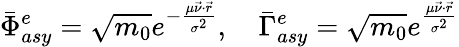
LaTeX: \bar{\Phi}_{asy}^{e}=\sqrt{m_{0}}e^{-\frac{\mu\vec{\nu}\cdot\vec{r}}{\sigma^{2}}},\quad\bar{\Gamma}_{asy}^{e}=\sqrt{m_{0}}e^{\frac{\mu\vec{\nu}\cdot\vec{r}}{\sigma^{2}}}